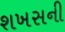
શખસની